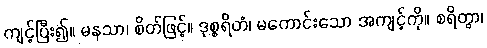
ကျင့်ပြီး၍။ မနသာ၊ စိတ်ဖြင့်။ ဒုစ္စရိတံ၊ မကောင်းသော အကျင့်ကို။ စရိတွာ၊